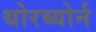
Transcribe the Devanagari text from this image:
थोरब्योर्न